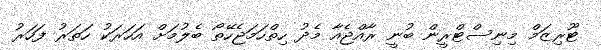
ޓޫރިޒަމް މިނިސްޓްރީން ބުނީ ރާއްޖެއާ މެދު ހިތްހަމަޖެހޭތޯ ބެލުމަށް އަހަރަކު ހަތަރު ފަހަރު